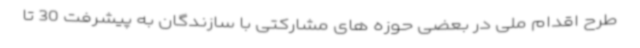
طرح اقدام ملی در بعضی حوزه های مشارکتی با سازندگان به پیشرفت 30 تا